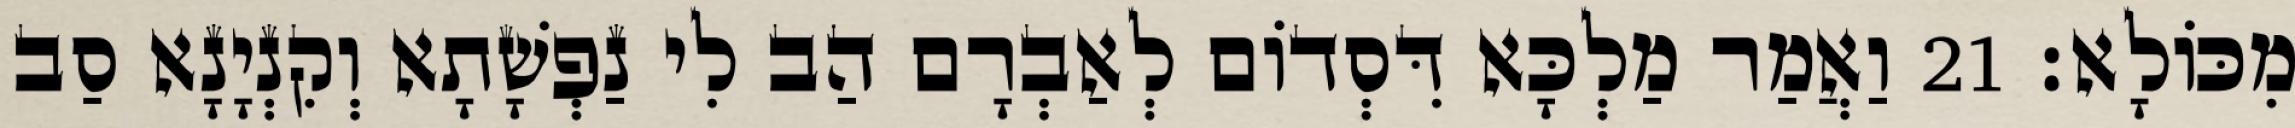
מִכּוֹלָא׃ 21 וַאֲמַר מַלְכָּא דִּסְדוֹם לְאַבְרָם הַב לִי נַפְשָׁתָא וְקִנְיָנָא סַב